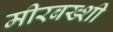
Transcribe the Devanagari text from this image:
मीरबख्शी